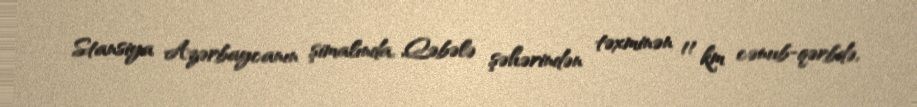
Stansiya Azərbaycanın şimalında, Qəbələ şəhərindən təxminən 11 km cənub-qərbdə,